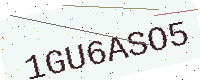
Text: 1GU6ASO5